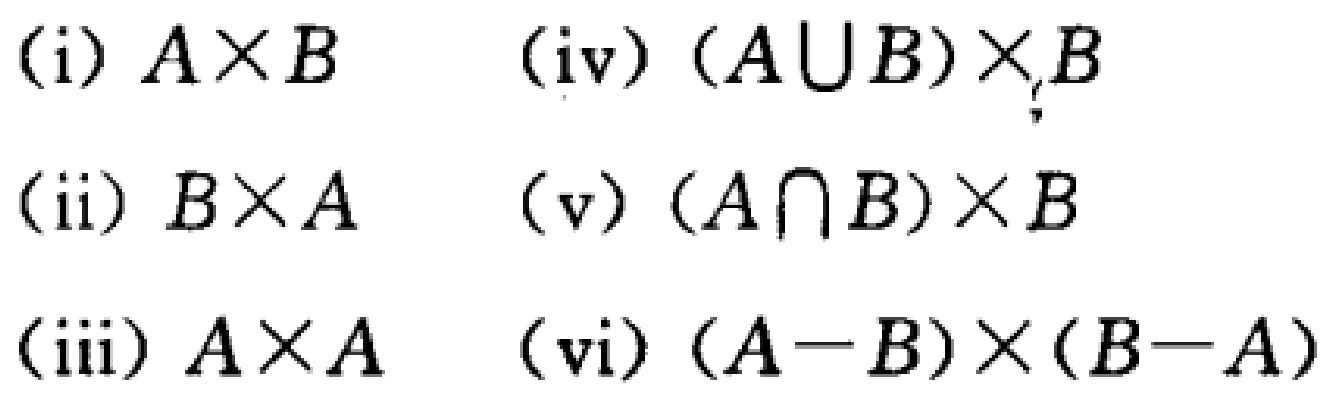
(i) \(A\times B\)

(ii) \(B\times A\)

(iii) \(A\times A\)

(iv) \((A\cup B)\times B\)

(v) \((A\cap B)\times B\)

(vi) \((A - B)\times(B - A)\)